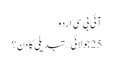
آئی بی سی اردو
25 جولائی… تبدیلی کا دن؟